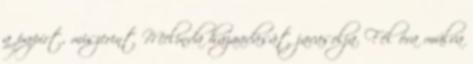
a papírt, miszerint Melinda hazaadását javasolja. Fél óra múlva